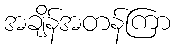
အချိန်အတန်ကြာ